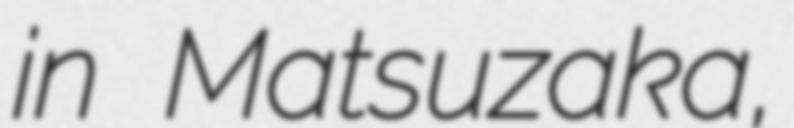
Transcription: in Matsuzaka,